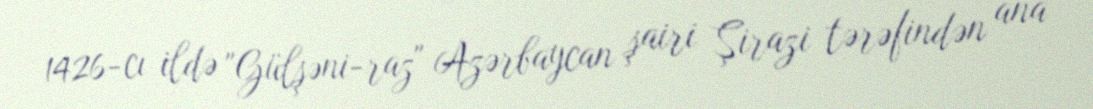
1426-cı ildə "Gülşəni-raz" Azərbaycan şairi Şirazi tərəfindən ana